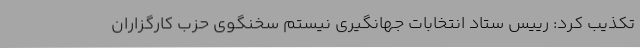
تکذیب کرد: رییس ستاد انتخابات جهانگیری نیستم سخنگوی حزب کارگزاران